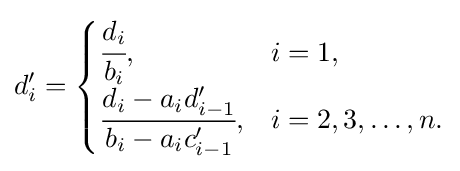
d'_{i}={\begin{cases}{\cfrac {d_{i}}{b_{i}}},&i=1,\\{\cfrac {d_{i}-a_{i}d'_{i-1}}{b_{i}-a_{i}c'_{i-1}}},&i=2,3,\dots ,n.\end{cases}}